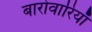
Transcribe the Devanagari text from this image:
बारोवारियाँ